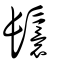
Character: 鬟